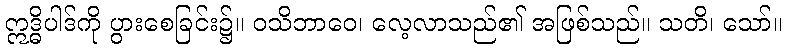
ဣဒ္ဓိပါဒ်ကို ပွားစေခြင်း၌။ ဝသိဘာဝေ၊ လေ့လာသည်၏ အဖြစ်သည်။ သတိ၊ သော်။